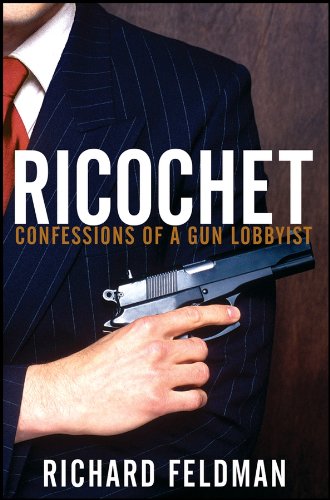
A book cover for Ricochet: Confessions of a Gun Lobbyist; Richard Feldman; Crafts, Hobbies & Home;